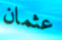
عثمان